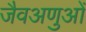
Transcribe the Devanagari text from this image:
जैवअणुओं